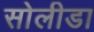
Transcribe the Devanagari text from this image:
सोलीडा